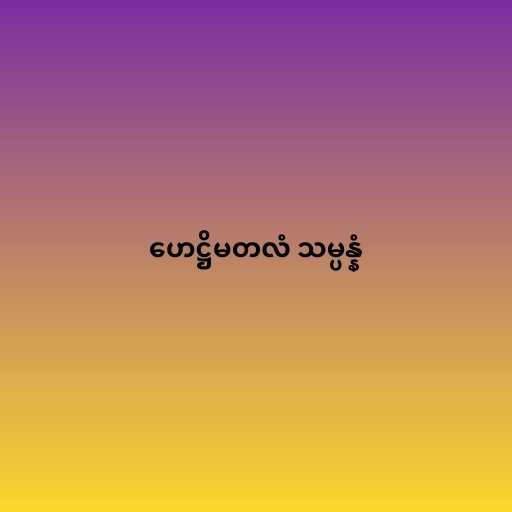
ဟေဋ္ဌိမတလံ သမ္ပန္နံ